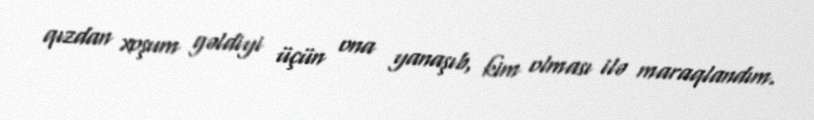
qızdan xoşum gəldiyi üçün ona yanaşıb, kim olması ilə maraqlandım.